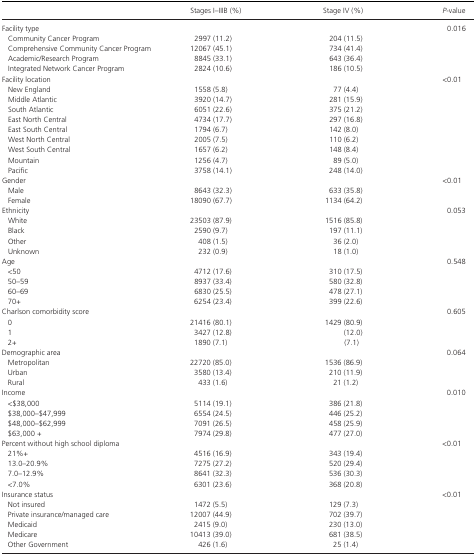
<table><thead><tr><td></td><td><b>Stages I–IIIB (%)</b></td><td><b>Stage IV (%)</b></td><td><b><i>P‐</i>value</b></td></tr></thead><tbody><tr><td colspan="3">Facility type</td><td>0.016</td></tr><tr><td>Community Cancer Program</td><td>2997 (11.2)</td><td>204 (11.5)</td><td></td></tr><tr><td>Comprehensive Community Cancer Program</td><td>12067 (45.1)</td><td>734 (41.4)</td><td></td></tr><tr><td>Academic/Research Program</td><td>8845 (33.1)</td><td>643 (36.4)</td><td></td></tr><tr><td>Integrated Network Cancer Program</td><td>2824 (10.6)</td><td>186 (10.5)</td><td></td></tr><tr><td colspan="3">Facility location</td><td>&lt;0.01</td></tr><tr><td>New England</td><td>1558 (5.8)</td><td>77 (4.4)</td><td></td></tr><tr><td>Middle Atlantic</td><td>3920 (14.7)</td><td>281 (15.9)</td><td></td></tr><tr><td>South Atlantic</td><td>6051 (22.6)</td><td>375 (21.2)</td><td></td></tr><tr><td>East North Central</td><td>4734 (17.7)</td><td>297 (16.8)</td><td></td></tr><tr><td>East South Central</td><td>1794 (6.7)</td><td>142 (8.0)</td><td></td></tr><tr><td>West North Central</td><td>2005 (7.5)</td><td>110 (6.2)</td><td></td></tr><tr><td>West South Central</td><td>1657 (6.2)</td><td>148 (8.4)</td><td></td></tr><tr><td>Mountain</td><td>1256 (4.7)</td><td>89 (5.0)</td><td></td></tr><tr><td>Pacific</td><td>3758 (14.1)</td><td>248 (14.0)</td><td></td></tr><tr><td colspan="3">Gender</td><td>&lt;0.01</td></tr><tr><td>Male</td><td>8643 (32.3)</td><td>633 (35.8)</td><td></td></tr><tr><td>Female</td><td>18090 (67.7)</td><td>1134 (64.2)</td><td></td></tr><tr><td colspan="3">Ethnicity</td><td>0.053</td></tr><tr><td>White</td><td>23503 (87.9)</td><td>1516 (85.8)</td><td></td></tr><tr><td>Black</td><td>2590 (9.7)</td><td>197 (11.1)</td><td></td></tr><tr><td>Other</td><td>408 (1.5)</td><td>36 (2.0)</td><td></td></tr><tr><td>Unknown</td><td>232 (0.9)</td><td>18 (1.0)</td><td></td></tr><tr><td colspan="3">Age</td><td>0.548</td></tr><tr><td>&lt;50</td><td>4712 (17.6)</td><td>310 (17.5)</td><td></td></tr><tr><td>50–59</td><td>8937 (33.4)</td><td>580 (32.8)</td><td></td></tr><tr><td>60–69</td><td>6830 (25.5)</td><td>478 (27.1)</td><td></td></tr><tr><td>70+</td><td>6254 (23.4)</td><td>399 (22.6)</td><td></td></tr><tr><td colspan="3">Charlson comorbidity score</td><td>0.605</td></tr><tr><td>0</td><td>21416 (80.1)</td><td>1429 (80.9)</td><td></td></tr><tr><td>1</td><td>3427 (12.8)</td><td>(12.0)</td><td></td></tr><tr><td>2+</td><td>1890 (7.1)</td><td>(7.1)</td><td></td></tr><tr><td colspan="3">Demographic area</td><td>0.064</td></tr><tr><td>Metropolitan</td><td>22720 (85.0)</td><td>1536 (86.9)</td><td></td></tr><tr><td>Urban</td><td>3580 (13.4)</td><td>210 (11.9)</td><td></td></tr><tr><td>Rural</td><td>433 (1.6)</td><td>21 (1.2)</td><td></td></tr><tr><td colspan="3">Income</td><td>0.010</td></tr><tr><td>&lt;$38,000</td><td>5114 (19.1)</td><td>386 (21.8)</td><td></td></tr><tr><td>$38,000–$47,999</td><td>6554 (24.5)</td><td>446 (25.2)</td><td></td></tr><tr><td>$48,000–$62,999</td><td>7091 (26.5)</td><td>458 (25.9)</td><td></td></tr><tr><td>$63,000 +</td><td>7974 (29.8)</td><td>477 (27.0)</td><td></td></tr><tr><td colspan="3">Percent without high school diploma</td><td>&lt;0.01</td></tr><tr><td>21%+</td><td>4516 (16.9)</td><td>343 (19.4)</td><td></td></tr><tr><td>13.0–20.9%</td><td>7275 (27.2)</td><td>520 (29.4)</td><td></td></tr><tr><td>7.0–12.9%</td><td>8641 (32.3)</td><td>536 (30.3)</td><td></td></tr><tr><td>&lt;7.0%</td><td>6301 (23.6)</td><td>368 (20.8)</td><td></td></tr><tr><td colspan="3">Insurance status</td><td>&lt;0.01</td></tr><tr><td>Not insured</td><td>1472 (5.5)</td><td>129 (7.3)</td><td></td></tr><tr><td>Private insurance/managed care</td><td>12007 (44.9)</td><td>702 (39.7)</td><td></td></tr><tr><td>Medicaid</td><td>2415 (9.0)</td><td>230 (13.0)</td><td></td></tr><tr><td>Medicare</td><td>10413 (39.0)</td><td>681 (38.5)</td><td></td></tr><tr><td>Other Government</td><td>426 (1.6)</td><td>25 (1.4)</td><td></td></tr></tbody></table>